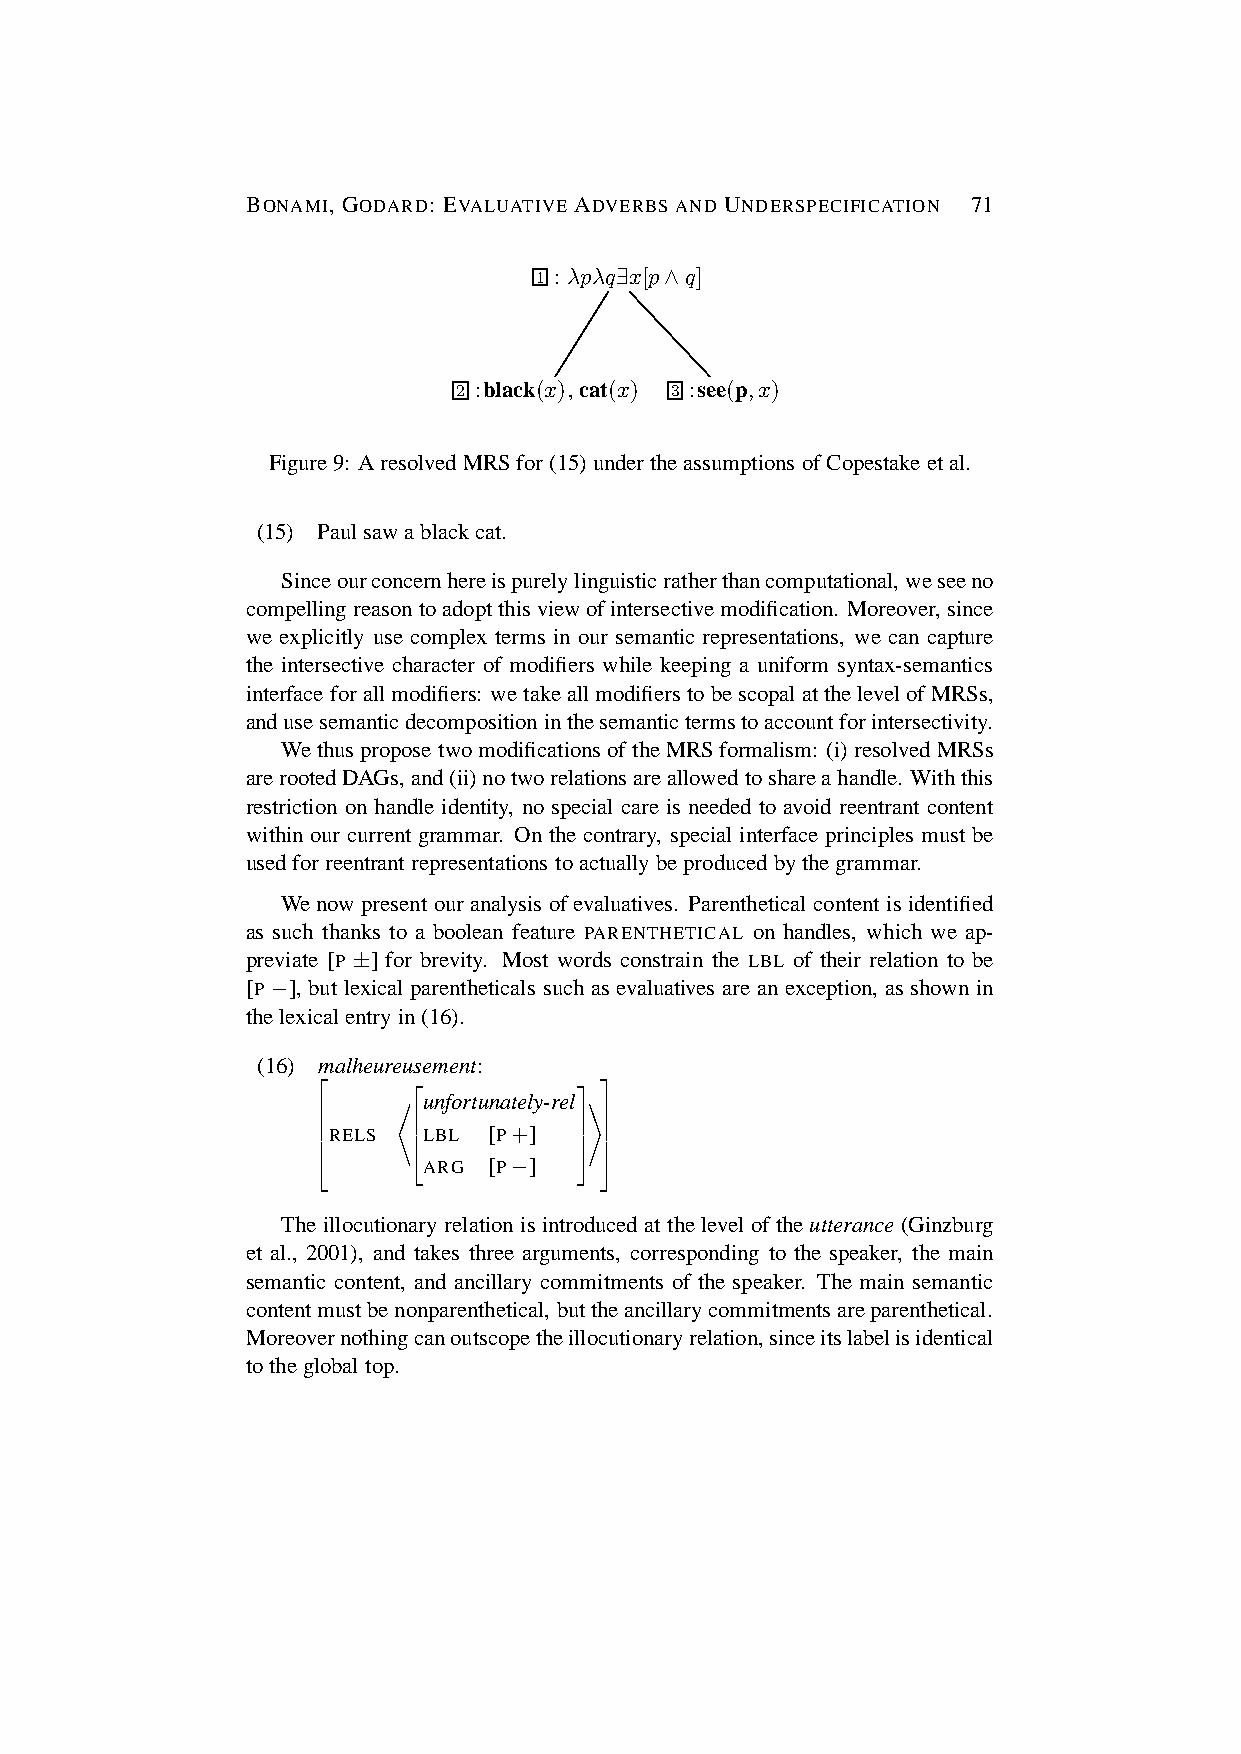
BONAMI, GODARD: EVALUATIVE ADVERBS AND UNDERSPECIFICATION 71
 1 : λpλq∃x[p∧q]
 2 :black(x),cat(x) 3 :see(p,x)
 Figure9: AresolvedMRSfor(15)undertheassumptions ofCopestake etal.
 (15) Paulsawablackcat.
 Sinceourconcernhereispurelylinguisticratherthancomputational,weseeno
 compellingreasontoadoptthisviewofintersectivemodification. Moreover,since
 we explicitly use complex terms in our semantic representations, we can capture
 the intersective character of modifiers while keeping a uniform syntax-semantics
 interface forallmodifiers: wetakeallmodifierstobescopalatthelevelofMRSs,
 andusesemanticdecompositioninthesemantictermstoaccountforintersectivity.
 Wethuspropose twomodifications oftheMRSformalism: (i)resolved MRSs
 arerootedDAGs,and(ii)notworelationsareallowedtoshareahandle. Withthis
 restriction on handle identity, no special care is needed to avoid reentrant content
 within our current grammar. On the contrary, special interface principles must be
 usedforreentrant representations toactually beproduced bythegrammar.
 Wenow present our analysis ofevaluatives. Parenthetical content isidentified
 as such thanks to a boolean feature PARENTHETICAL on handles, which we ap-
 previate [P ±] for brevity. Most words constrain the LBL of their relation to be
 [P −], but lexical parentheticals such as evaluatives are an exception, as shown in
 thelexicalentryin(16).
 (16) malheureusement:
 unfortunately-rel
 RELS LBL [P+]   
 *            +
      ARG [P−]   
                   
           
                   
           
                   
 Theillocutionary relation isintroduced attheleveloftheutterance (Ginzburg
 et al., 2001), and takes three arguments, corresponding to the speaker, the main
 semantic content, and ancillary commitments of the speaker. The main semantic
 contentmustbenonparenthetical, buttheancillarycommitmentsareparenthetical.
 Moreovernothingcanoutscopetheillocutionaryrelation,sinceitslabelisidentical
 totheglobaltop.